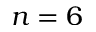
n = 6